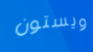
ويستون